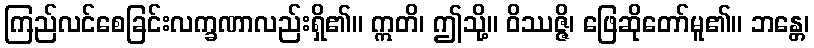
ကြည်လင်စေခြင်းလက္ခဏာလည်းရှိ၏။ ဣတိ၊ ဤသို့။ ဝိဿဇ္ဇိ၊ ဖြေဆိုတော်မူ၏။ ဘန္တေ၊